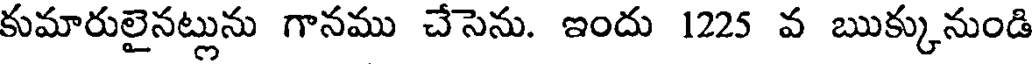
కుమారులైనట్లును గానము చేసెను. ఇందు 1225 వ ఋక్కునుండి